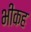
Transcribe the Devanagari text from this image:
भीकह